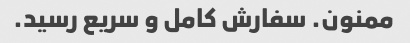
ممنون. سفارش کامل و سریع رسید.